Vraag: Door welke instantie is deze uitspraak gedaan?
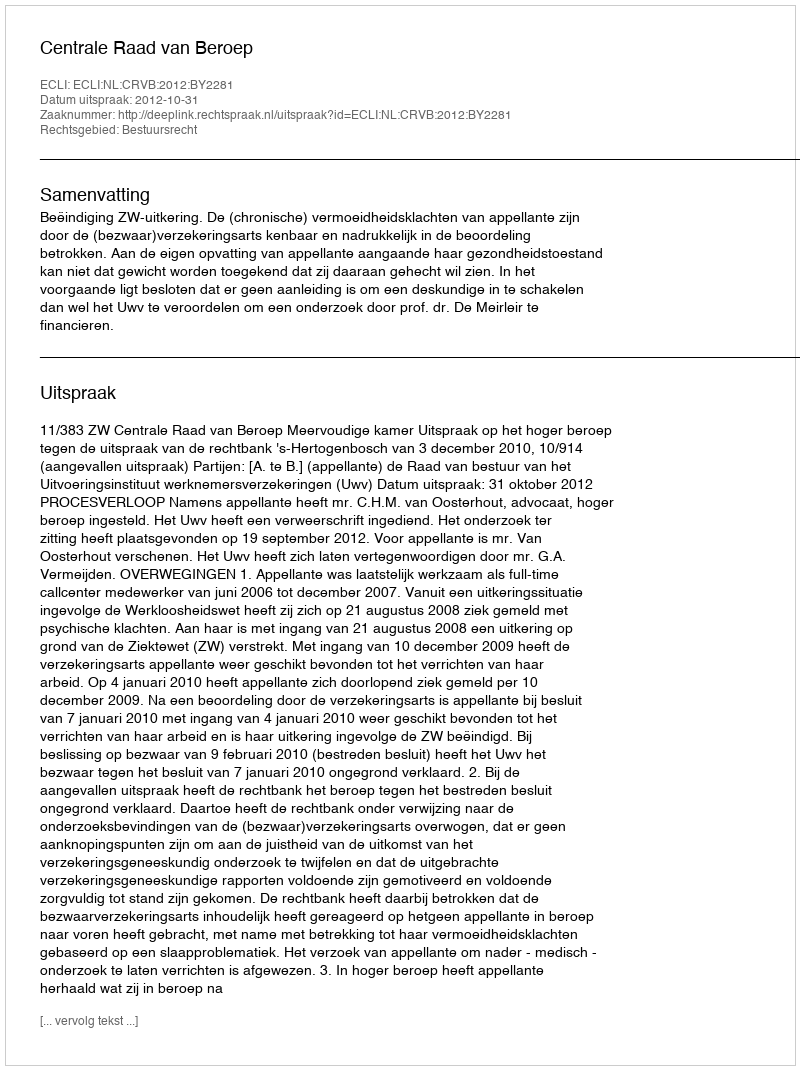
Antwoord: Centrale Raad van Beroep